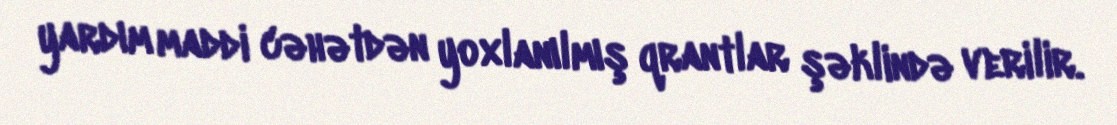
yardım maddi cəhətdən yoxlanılmış qrantlar şəklində verilir.